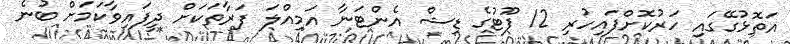
އަތޮޅުގޭގައި ހަރުކޮށްފައިހުރި 12 ފޫޓުގެ ޑިޝް އެންޓަނާ އަމިއްލަ ފަރާތަކަށް ދީފައިވާކަމަށް ބުނެ